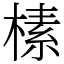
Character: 榡